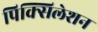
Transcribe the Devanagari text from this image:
पिक्सिलेशन